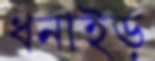
ধনাইড়